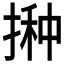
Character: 𱠛